Insane asylums Bombay 1873-77 - 1873-1877
Year: 1873
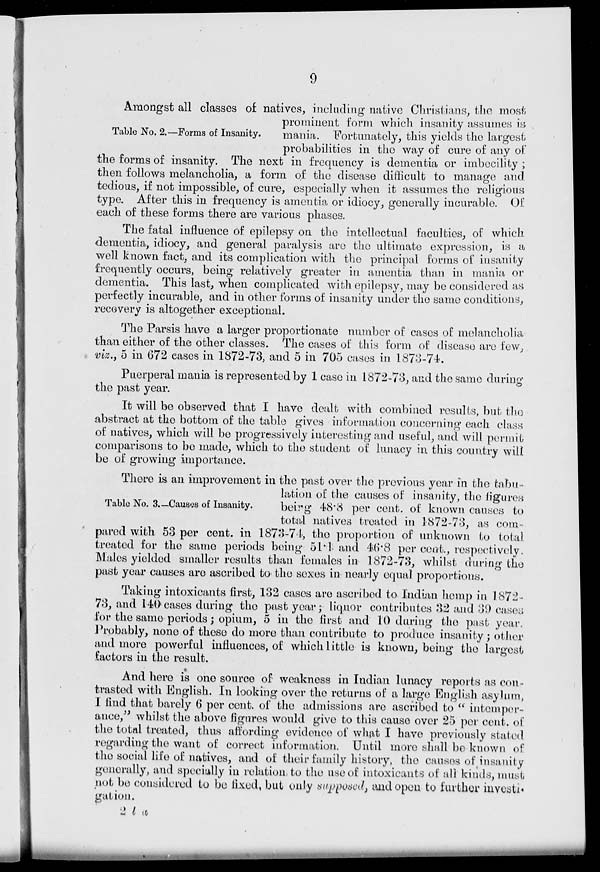
9
Table No. 2.—Forms of Insanity.
Amongst all classes of natives, including native Christians, the most
prominent form which insanity assumes is
mania. Fortunately, this yields the largest
probabilities in the way of cure of any of
the forms of insanity. The next in frequency is dementia or imbecility;
then follows melancholia, a form of the disease difficult to manage and
tedious, if not impossible, of cure, especially when it assumes the religious
type. After this in frequency is amentia or idiocy, generally incurable. 01
each of these forms there are various phases.
The fatal influence of epilepsy on the intellectual faculties, of which
dementia, idiocy, and general paralysis are the ultimate expression, is a
well known fact, and its complication with the principal forms of insanity
frequently occurs, being relatively greater in amentia than in mania or
dementia. This last, when complicated with epilepsy, may be considered as
perfectly incurable, and in other forms of insanity under the same conditions,
recovery is altogether exceptional.
The Parsis have a larger proportionate number of cases of melancholia
than either of the other classes. The cases of this form of disease are few,
viz., 5 in 672 cases in 1872-73, and 5 in 705 cases in 1873-74.
Puerperal mania is represented by 1 case in 1872-73, and the same during
the past year.
It will be observed that I have dealt with combined results, but the
abstract at the bottom of the table gives information concerning each class
of natives, which will be progressively interesting and useful, and will permit
comparisons to bo made, which to the student of lunacy in this country will
be of growing importance.
Table No. 3.—Causes of Insanity.
There is an improvement in the past over the previous year in the tabu
lation of the causes of insanity, the figures
bcirg 48.8 per cent. of known causes to
total natives treated in 1872-73, as com-
pared with 53 per cent. in 1873-7.1, the proportion of unknown to total
treated for the same periods being 51.1 and 46.8 per cent., respectively.
Males yieldod smaller results than females in 1872-73, whilst during the
past year causes are ascribed to the sexes in nearly equal proportions.
Taking intoxicants first, 132 cases are ascribed to Indian hemp in 1872-
73, and 140 cases during the past year; liquor contributes 32 and 39 easeu
for the same periods ; opium, 5 in the first and 10 during the past year.
Probably, none of those do more than contribute to produce insanity; other
and more powerful influences, of which little is known, being the largest
factors in the result.
And here is one source of weakness in Indian lunacy reports as con-
trasted with English. In looking over the returns of a large English asylum,
I find that barely 6 per cent. of the admissions are ascribed to " intemper-
ance," whilst the above figures would give to this cause over 25 per cent, of
the total treated, thus affording evidence of what I have previously stated
regarding the want of correct information. Until more shall be known of
the social life of natives, and of their family history, the causos of insanity
generally, and specially in relation to the use of intoxicants of all kinds, must
not be considered to be fixed, but only supposed, and open to further investigation.
2 l a